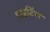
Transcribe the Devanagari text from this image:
पांइटिंग